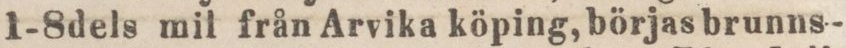
1-8dels mil från Arvika köping, börjas brunns-